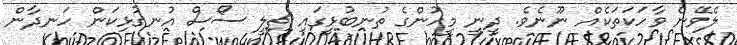
ލެވޭނެ ވާހަކަތަކެއް ނޫނެވެ. ދީނީ މީހުންގެ ތުނބުޅީގައި ޗިލީ ސޯސް އުނގުޅިކަން ހަނދާން